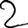
Digit: 2